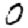
Digit: 0